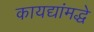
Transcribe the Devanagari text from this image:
कायद्यांमद्धे